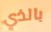
بالذي